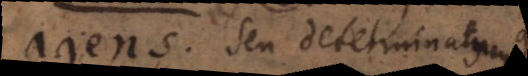
agens. Seu determinatus